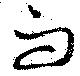
而